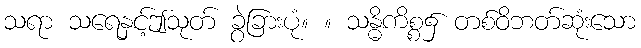
သရာ သရေနှင့်ဤသုတ် ခွဲခြားပုံ။ ။ သန္ဓိကိစ္စ၌ တစ်ဝိဘတ်ဆုံးသော